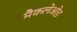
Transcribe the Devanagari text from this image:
मैकलेओड